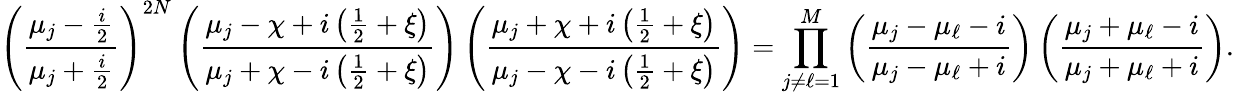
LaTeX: \left(\frac{\mu_{j}-\frac{i}{2}}{\mu_{j}+\frac{i}{2}}\right)^{2N}\left(\frac{\mu_{j}-\chi+i\left(\frac 12+\xi\right)}{\mu_{j}+\chi-i\left(\frac{1}{2}+\xi\right)}\right)\left(\frac{\mu_{j}+\chi+i\left(\frac{1}{2}+\xi\right)}{\mu_{j}-\chi-i\left(\frac{1}{2}+\xi\right)}\right)=\prod_{j\neq\ell=1}^{M}\left(\frac{\mu_{j}-\mu_{\ell}-i}{\mu_{j}-\mu_{\ell}+i}\right)\left(\frac{\mu_{j}+\mu_{\ell}-i}{\mu_{j}+\mu_{\ell}+i}\right).